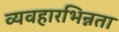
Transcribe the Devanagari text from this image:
व्यवहारभिन्नता